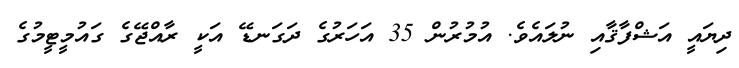
ދިޔައީ އަޝްފާޤާއި ނުލައެވެ. އުމުރުން 35 އަހަރުގެ ދަގަނޑޭ އަކީ ރާއްޖޭގެ ގައުމީޓީމުގެ